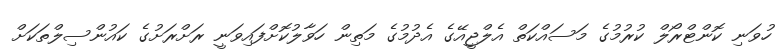
ހުވަނި ކޮންޓްރޯލް ކުރުމުގެ މަސައްކަތް އެލްޖީއޭގެ އެދުމުގެ މަތިން ހަވާލުކޮށްފައިވަނީ ރަށްރަށުގެ ކައުންސިލްތަކަށް